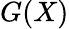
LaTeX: G(X)